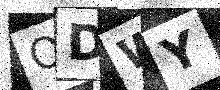
Text: QDWY